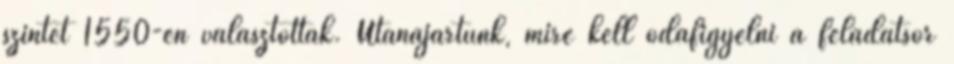
szintet 1550-en választották. Utánajártunk, mire kell odafigyelni a feladatsor